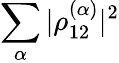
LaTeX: \sum_{\alpha}\vert\rho_{12}^{(\alpha)}\vert^{2}